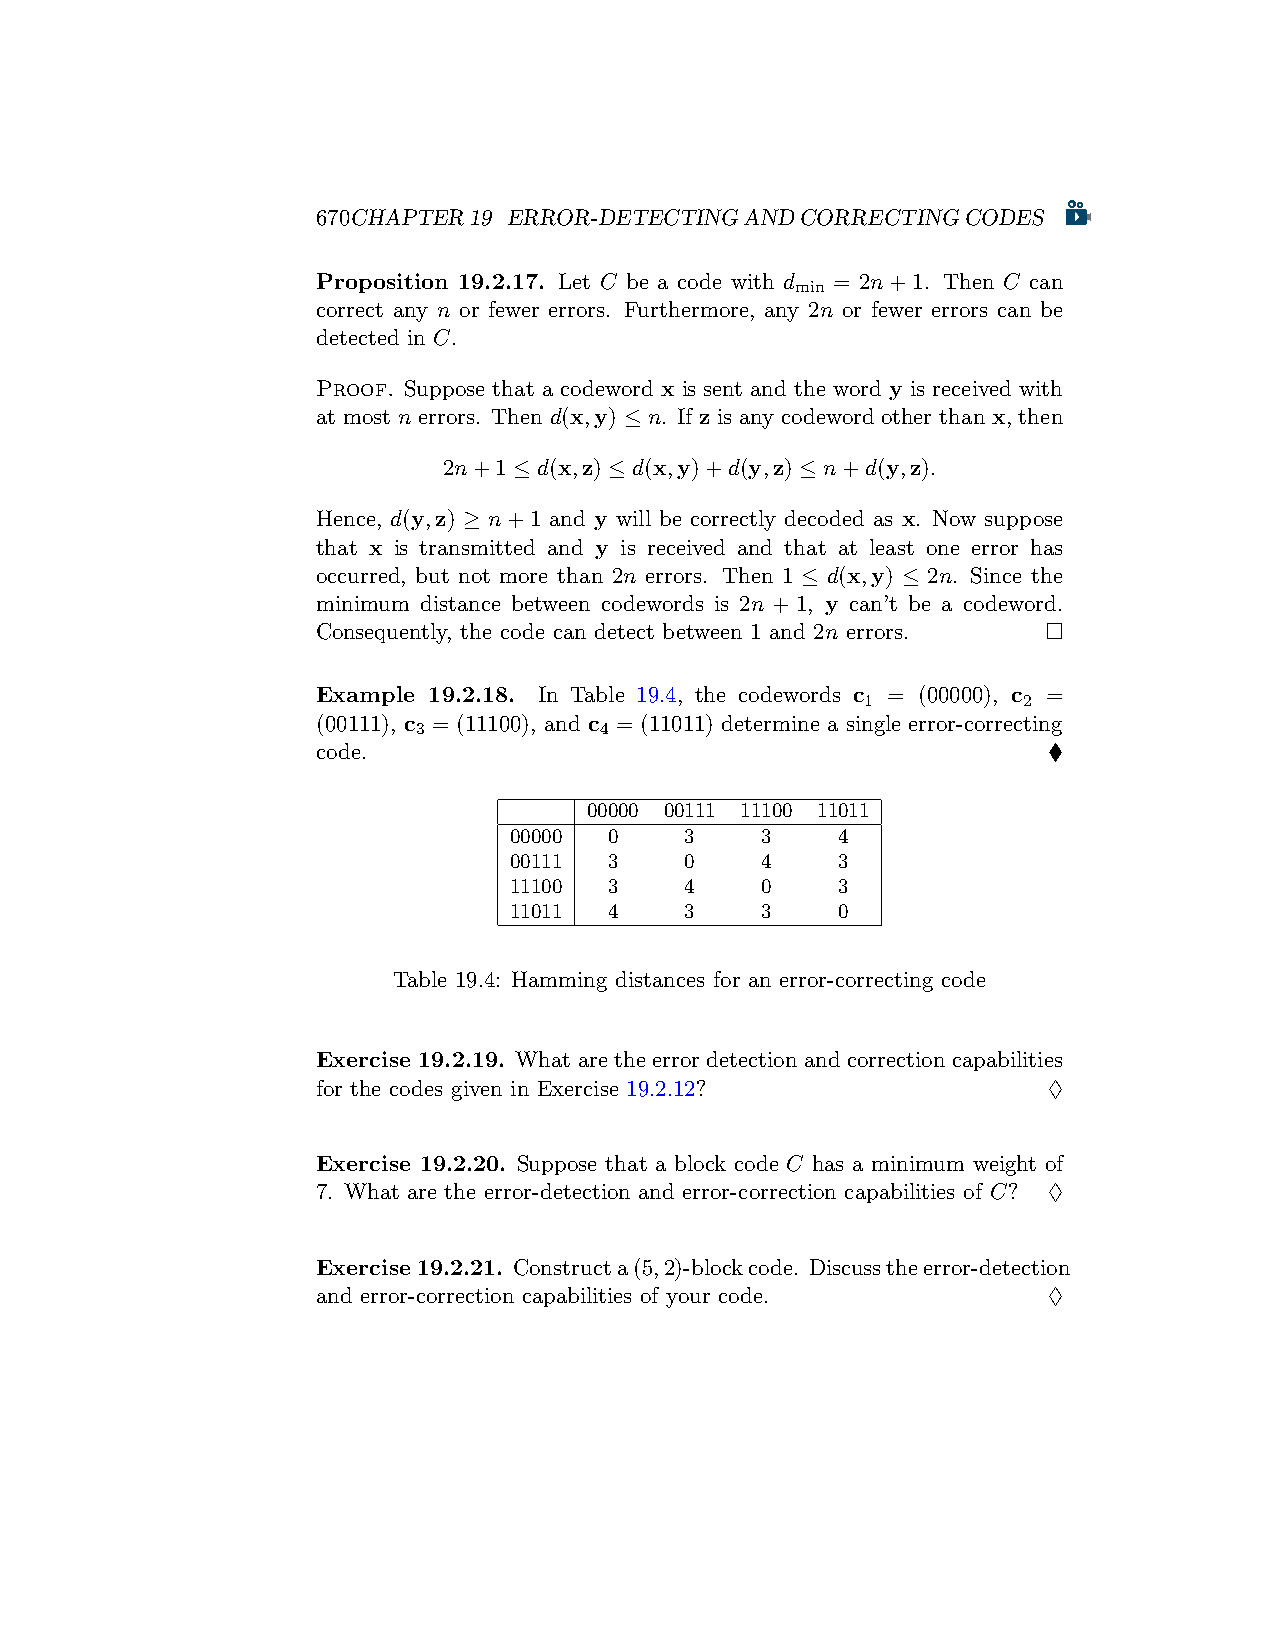
670CHAPTER19 ERROR-DETECTINGANDCORRECTINGCODES
 Proposition 19.2.17. Let C be a code with d = 2n+1. Then C can
 min
 correct any n or fewer errors. Furthermore, any 2n or fewer errors can be
 detected in C.
 Proof. Suppose that a codeword x is sent and the word y is received with
 at most n errors. Then d(x,y) ≤ n. If z is any codeword other than x, then
 2n+1 ≤ d(x,z) ≤ d(x,y)+d(y,z) ≤ n+d(y,z).
 Hence, d(y,z) ≥ n+1 and y will be correctly decoded as x. Now suppose
 that x is transmitted and y is received and that at least one error has
 occurred, but not more than 2n errors. Then 1 ≤ d(x,y) ≤ 2n. Since the
 minimum distance between codewords is 2n + 1, y can’t be a codeword.
 Consequently, the code can detect between 1 and 2n errors. □
 Example 19.2.18. In Table 19.4, the codewords c = (00000), c =
 1          2
 (00111), c = (11100), and c = (11011) determine a single error-correcting
 3           4
 code.                                           ♦
 00000 00111 11100 11011
 00000 0    3    3    4
 00111 3    0    4    3
 11100 3    4    0    3
 11011 4    3    3    0
 Table 19.4: Hamming distances for an error-correcting code
 Exercise 19.2.19. What are the error detection and correction capabilities
 for the codes given in Exercise 19.2.12?        ♢
 Exercise 19.2.20. Suppose that a block code C has a minimum weight of
 7. What are the error-detection and error-correction capabilities of C? ♢
 Exercise19.2.21. Constructa(5,2)-blockcode. Discusstheerror-detection
 and error-correction capabilities of your code. ♢